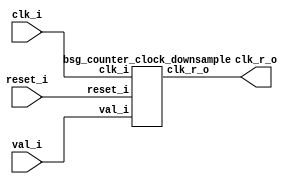


module top
(
  clk_i,
  reset_i,
  val_i,
  clk_r_o
);

  input [31:0] val_i;
  input clk_i;
  input reset_i;
  output clk_r_o;

  bsg_counter_clock_downsample
  wrapper
  (
    .val_i(val_i),
    .clk_i(clk_i),
    .reset_i(reset_i),
    .clk_r_o(clk_r_o)
  );


endmodule



module bsg_dff_width_p31_harden_p0_strength_p2
(
  clk_i,
  data_i,
  data_o
);

  input [30:0] data_i;
  output [30:0] data_o;
  input clk_i;
  reg [30:0] data_o;

  always @(posedge clk_i) begin
    if(1'b1) begin
      { data_o[30:0] } <= { data_i[30:0] };
    end 
  end


endmodule



module bsg_xnor_width_p32_harden_p1
(
  a_i,
  b_i,
  o
);

  input [31:0] a_i;
  input [31:0] b_i;
  output [31:0] o;
  wire [31:0] o;
  wire N0,N1,N2,N3,N4,N5,N6,N7,N8,N9,N10,N11,N12,N13,N14,N15,N16,N17,N18,N19,N20,N21,
  N22,N23,N24,N25,N26,N27,N28,N29,N30,N31;
  assign o[31] = ~N0;
  assign N0 = a_i[31] ^ b_i[31];
  assign o[30] = ~N1;
  assign N1 = a_i[30] ^ b_i[30];
  assign o[29] = ~N2;
  assign N2 = a_i[29] ^ b_i[29];
  assign o[28] = ~N3;
  assign N3 = a_i[28] ^ b_i[28];
  assign o[27] = ~N4;
  assign N4 = a_i[27] ^ b_i[27];
  assign o[26] = ~N5;
  assign N5 = a_i[26] ^ b_i[26];
  assign o[25] = ~N6;
  assign N6 = a_i[25] ^ b_i[25];
  assign o[24] = ~N7;
  assign N7 = a_i[24] ^ b_i[24];
  assign o[23] = ~N8;
  assign N8 = a_i[23] ^ b_i[23];
  assign o[22] = ~N9;
  assign N9 = a_i[22] ^ b_i[22];
  assign o[21] = ~N10;
  assign N10 = a_i[21] ^ b_i[21];
  assign o[20] = ~N11;
  assign N11 = a_i[20] ^ b_i[20];
  assign o[19] = ~N12;
  assign N12 = a_i[19] ^ b_i[19];
  assign o[18] = ~N13;
  assign N13 = a_i[18] ^ b_i[18];
  assign o[17] = ~N14;
  assign N14 = a_i[17] ^ b_i[17];
  assign o[16] = ~N15;
  assign N15 = a_i[16] ^ b_i[16];
  assign o[15] = ~N16;
  assign N16 = a_i[15] ^ b_i[15];
  assign o[14] = ~N17;
  assign N17 = a_i[14] ^ b_i[14];
  assign o[13] = ~N18;
  assign N18 = a_i[13] ^ b_i[13];
  assign o[12] = ~N19;
  assign N19 = a_i[12] ^ b_i[12];
  assign o[11] = ~N20;
  assign N20 = a_i[11] ^ b_i[11];
  assign o[10] = ~N21;
  assign N21 = a_i[10] ^ b_i[10];
  assign o[9] = ~N22;
  assign N22 = a_i[9] ^ b_i[9];
  assign o[8] = ~N23;
  assign N23 = a_i[8] ^ b_i[8];
  assign o[7] = ~N24;
  assign N24 = a_i[7] ^ b_i[7];
  assign o[6] = ~N25;
  assign N25 = a_i[6] ^ b_i[6];
  assign o[5] = ~N26;
  assign N26 = a_i[5] ^ b_i[5];
  assign o[4] = ~N27;
  assign N27 = a_i[4] ^ b_i[4];
  assign o[3] = ~N28;
  assign N28 = a_i[3] ^ b_i[3];
  assign o[2] = ~N29;
  assign N29 = a_i[2] ^ b_i[2];
  assign o[1] = ~N30;
  assign N30 = a_i[1] ^ b_i[1];
  assign o[0] = ~N31;
  assign N31 = a_i[0] ^ b_i[0];

endmodule



module bsg_muxi2_gatestack_width_p32_harden_p1
(
  i0,
  i1,
  i2,
  o
);

  input [31:0] i0;
  input [31:0] i1;
  input [31:0] i2;
  output [31:0] o;
  wire [31:0] o;
  wire N0,N1,N2,N3,N4,N5,N6,N7,N8,N9,N10,N11,N12,N13,N14,N15,N16,N17,N18,N19,N20,N21,
  N22,N23,N24,N25,N26,N27,N28,N29,N30,N31,N32,N33,N34,N35,N36,N37,N38,N39,N40,N41,
  N42,N43,N44,N45,N46,N47,N48,N49,N50,N51,N52,N53,N54,N55,N56,N57,N58,N59,N60,N61,
  N62,N63,N64,N65,N66,N67,N68,N69,N70,N71,N72,N73,N74,N75,N76,N77,N78,N79,N80,N81,
  N82,N83,N84,N85,N86,N87,N88,N89,N90,N91,N92,N93,N94,N95;
  assign N33 = (N0)? i1[0] : 
               (N32)? i0[0] : 1'b0;
  assign N0 = i2[0];
  assign N35 = (N1)? i1[1] : 
               (N34)? i0[1] : 1'b0;
  assign N1 = i2[1];
  assign N37 = (N2)? i1[2] : 
               (N36)? i0[2] : 1'b0;
  assign N2 = i2[2];
  assign N39 = (N3)? i1[3] : 
               (N38)? i0[3] : 1'b0;
  assign N3 = i2[3];
  assign N41 = (N4)? i1[4] : 
               (N40)? i0[4] : 1'b0;
  assign N4 = i2[4];
  assign N43 = (N5)? i1[5] : 
               (N42)? i0[5] : 1'b0;
  assign N5 = i2[5];
  assign N45 = (N6)? i1[6] : 
               (N44)? i0[6] : 1'b0;
  assign N6 = i2[6];
  assign N47 = (N7)? i1[7] : 
               (N46)? i0[7] : 1'b0;
  assign N7 = i2[7];
  assign N49 = (N8)? i1[8] : 
               (N48)? i0[8] : 1'b0;
  assign N8 = i2[8];
  assign N51 = (N9)? i1[9] : 
               (N50)? i0[9] : 1'b0;
  assign N9 = i2[9];
  assign N53 = (N10)? i1[10] : 
               (N52)? i0[10] : 1'b0;
  assign N10 = i2[10];
  assign N55 = (N11)? i1[11] : 
               (N54)? i0[11] : 1'b0;
  assign N11 = i2[11];
  assign N57 = (N12)? i1[12] : 
               (N56)? i0[12] : 1'b0;
  assign N12 = i2[12];
  assign N59 = (N13)? i1[13] : 
               (N58)? i0[13] : 1'b0;
  assign N13 = i2[13];
  assign N61 = (N14)? i1[14] : 
               (N60)? i0[14] : 1'b0;
  assign N14 = i2[14];
  assign N63 = (N15)? i1[15] : 
               (N62)? i0[15] : 1'b0;
  assign N15 = i2[15];
  assign N65 = (N16)? i1[16] : 
               (N64)? i0[16] : 1'b0;
  assign N16 = i2[16];
  assign N67 = (N17)? i1[17] : 
               (N66)? i0[17] : 1'b0;
  assign N17 = i2[17];
  assign N69 = (N18)? i1[18] : 
               (N68)? i0[18] : 1'b0;
  assign N18 = i2[18];
  assign N71 = (N19)? i1[19] : 
               (N70)? i0[19] : 1'b0;
  assign N19 = i2[19];
  assign N73 = (N20)? i1[20] : 
               (N72)? i0[20] : 1'b0;
  assign N20 = i2[20];
  assign N75 = (N21)? i1[21] : 
               (N74)? i0[21] : 1'b0;
  assign N21 = i2[21];
  assign N77 = (N22)? i1[22] : 
               (N76)? i0[22] : 1'b0;
  assign N22 = i2[22];
  assign N79 = (N23)? i1[23] : 
               (N78)? i0[23] : 1'b0;
  assign N23 = i2[23];
  assign N81 = (N24)? i1[24] : 
               (N80)? i0[24] : 1'b0;
  assign N24 = i2[24];
  assign N83 = (N25)? i1[25] : 
               (N82)? i0[25] : 1'b0;
  assign N25 = i2[25];
  assign N85 = (N26)? i1[26] : 
               (N84)? i0[26] : 1'b0;
  assign N26 = i2[26];
  assign N87 = (N27)? i1[27] : 
               (N86)? i0[27] : 1'b0;
  assign N27 = i2[27];
  assign N89 = (N28)? i1[28] : 
               (N88)? i0[28] : 1'b0;
  assign N28 = i2[28];
  assign N91 = (N29)? i1[29] : 
               (N90)? i0[29] : 1'b0;
  assign N29 = i2[29];
  assign N93 = (N30)? i1[30] : 
               (N92)? i0[30] : 1'b0;
  assign N30 = i2[30];
  assign N95 = (N31)? i1[31] : 
               (N94)? i0[31] : 1'b0;
  assign N31 = i2[31];
  assign N32 = ~i2[0];
  assign o[0] = ~N33;
  assign N34 = ~i2[1];
  assign o[1] = ~N35;
  assign N36 = ~i2[2];
  assign o[2] = ~N37;
  assign N38 = ~i2[3];
  assign o[3] = ~N39;
  assign N40 = ~i2[4];
  assign o[4] = ~N41;
  assign N42 = ~i2[5];
  assign o[5] = ~N43;
  assign N44 = ~i2[6];
  assign o[6] = ~N45;
  assign N46 = ~i2[7];
  assign o[7] = ~N47;
  assign N48 = ~i2[8];
  assign o[8] = ~N49;
  assign N50 = ~i2[9];
  assign o[9] = ~N51;
  assign N52 = ~i2[10];
  assign o[10] = ~N53;
  assign N54 = ~i2[11];
  assign o[11] = ~N55;
  assign N56 = ~i2[12];
  assign o[12] = ~N57;
  assign N58 = ~i2[13];
  assign o[13] = ~N59;
  assign N60 = ~i2[14];
  assign o[14] = ~N61;
  assign N62 = ~i2[15];
  assign o[15] = ~N63;
  assign N64 = ~i2[16];
  assign o[16] = ~N65;
  assign N66 = ~i2[17];
  assign o[17] = ~N67;
  assign N68 = ~i2[18];
  assign o[18] = ~N69;
  assign N70 = ~i2[19];
  assign o[19] = ~N71;
  assign N72 = ~i2[20];
  assign o[20] = ~N73;
  assign N74 = ~i2[21];
  assign o[21] = ~N75;
  assign N76 = ~i2[22];
  assign o[22] = ~N77;
  assign N78 = ~i2[23];
  assign o[23] = ~N79;
  assign N80 = ~i2[24];
  assign o[24] = ~N81;
  assign N82 = ~i2[25];
  assign o[25] = ~N83;
  assign N84 = ~i2[26];
  assign o[26] = ~N85;
  assign N86 = ~i2[27];
  assign o[27] = ~N87;
  assign N88 = ~i2[28];
  assign o[28] = ~N89;
  assign N90 = ~i2[29];
  assign o[29] = ~N91;
  assign N92 = ~i2[30];
  assign o[30] = ~N93;
  assign N94 = ~i2[31];
  assign o[31] = ~N95;

endmodule



module bsg_dff_width_p32_harden_p0_strength_p4
(
  clk_i,
  data_i,
  data_o
);

  input [31:0] data_i;
  output [31:0] data_o;
  input clk_i;
  reg [31:0] data_o;

  always @(posedge clk_i) begin
    if(1'b1) begin
      { data_o[31:0] } <= { data_i[31:0] };
    end 
  end


endmodule



module bsg_nand_width_p32_harden_p1
(
  a_i,
  b_i,
  o
);

  input [31:0] a_i;
  input [31:0] b_i;
  output [31:0] o;
  wire [31:0] o;
  wire N0,N1,N2,N3,N4,N5,N6,N7,N8,N9,N10,N11,N12,N13,N14,N15,N16,N17,N18,N19,N20,N21,
  N22,N23,N24,N25,N26,N27,N28,N29,N30,N31;
  assign o[31] = ~N0;
  assign N0 = a_i[31] & b_i[31];
  assign o[30] = ~N1;
  assign N1 = a_i[30] & b_i[30];
  assign o[29] = ~N2;
  assign N2 = a_i[29] & b_i[29];
  assign o[28] = ~N3;
  assign N3 = a_i[28] & b_i[28];
  assign o[27] = ~N4;
  assign N4 = a_i[27] & b_i[27];
  assign o[26] = ~N5;
  assign N5 = a_i[26] & b_i[26];
  assign o[25] = ~N6;
  assign N6 = a_i[25] & b_i[25];
  assign o[24] = ~N7;
  assign N7 = a_i[24] & b_i[24];
  assign o[23] = ~N8;
  assign N8 = a_i[23] & b_i[23];
  assign o[22] = ~N9;
  assign N9 = a_i[22] & b_i[22];
  assign o[21] = ~N10;
  assign N10 = a_i[21] & b_i[21];
  assign o[20] = ~N11;
  assign N11 = a_i[20] & b_i[20];
  assign o[19] = ~N12;
  assign N12 = a_i[19] & b_i[19];
  assign o[18] = ~N13;
  assign N13 = a_i[18] & b_i[18];
  assign o[17] = ~N14;
  assign N14 = a_i[17] & b_i[17];
  assign o[16] = ~N15;
  assign N15 = a_i[16] & b_i[16];
  assign o[15] = ~N16;
  assign N16 = a_i[15] & b_i[15];
  assign o[14] = ~N17;
  assign N17 = a_i[14] & b_i[14];
  assign o[13] = ~N18;
  assign N18 = a_i[13] & b_i[13];
  assign o[12] = ~N19;
  assign N19 = a_i[12] & b_i[12];
  assign o[11] = ~N20;
  assign N20 = a_i[11] & b_i[11];
  assign o[10] = ~N21;
  assign N21 = a_i[10] & b_i[10];
  assign o[9] = ~N22;
  assign N22 = a_i[9] & b_i[9];
  assign o[8] = ~N23;
  assign N23 = a_i[8] & b_i[8];
  assign o[7] = ~N24;
  assign N24 = a_i[7] & b_i[7];
  assign o[6] = ~N25;
  assign N25 = a_i[6] & b_i[6];
  assign o[5] = ~N26;
  assign N26 = a_i[5] & b_i[5];
  assign o[4] = ~N27;
  assign N27 = a_i[4] & b_i[4];
  assign o[3] = ~N28;
  assign N28 = a_i[3] & b_i[3];
  assign o[2] = ~N29;
  assign N29 = a_i[2] & b_i[2];
  assign o[1] = ~N30;
  assign N30 = a_i[1] & b_i[1];
  assign o[0] = ~N31;
  assign N31 = a_i[0] & b_i[0];

endmodule



module bsg_nor3_width_p31_harden_p1
(
  a_i,
  b_i,
  c_i,
  o
);

  input [30:0] a_i;
  input [30:0] b_i;
  input [30:0] c_i;
  output [30:0] o;
  wire [30:0] o;
  wire N0,N1,N2,N3,N4,N5,N6,N7,N8,N9,N10,N11,N12,N13,N14,N15,N16,N17,N18,N19,N20,N21,
  N22,N23,N24,N25,N26,N27,N28,N29,N30,N31,N32,N33,N34,N35,N36,N37,N38,N39,N40,N41,
  N42,N43,N44,N45,N46,N47,N48,N49,N50,N51,N52,N53,N54,N55,N56,N57,N58,N59,N60,N61;
  assign o[30] = ~N1;
  assign N1 = N0 | c_i[30];
  assign N0 = a_i[30] | b_i[30];
  assign o[29] = ~N3;
  assign N3 = N2 | c_i[29];
  assign N2 = a_i[29] | b_i[29];
  assign o[28] = ~N5;
  assign N5 = N4 | c_i[28];
  assign N4 = a_i[28] | b_i[28];
  assign o[27] = ~N7;
  assign N7 = N6 | c_i[27];
  assign N6 = a_i[27] | b_i[27];
  assign o[26] = ~N9;
  assign N9 = N8 | c_i[26];
  assign N8 = a_i[26] | b_i[26];
  assign o[25] = ~N11;
  assign N11 = N10 | c_i[25];
  assign N10 = a_i[25] | b_i[25];
  assign o[24] = ~N13;
  assign N13 = N12 | c_i[24];
  assign N12 = a_i[24] | b_i[24];
  assign o[23] = ~N15;
  assign N15 = N14 | c_i[23];
  assign N14 = a_i[23] | b_i[23];
  assign o[22] = ~N17;
  assign N17 = N16 | c_i[22];
  assign N16 = a_i[22] | b_i[22];
  assign o[21] = ~N19;
  assign N19 = N18 | c_i[21];
  assign N18 = a_i[21] | b_i[21];
  assign o[20] = ~N21;
  assign N21 = N20 | c_i[20];
  assign N20 = a_i[20] | b_i[20];
  assign o[19] = ~N23;
  assign N23 = N22 | c_i[19];
  assign N22 = a_i[19] | b_i[19];
  assign o[18] = ~N25;
  assign N25 = N24 | c_i[18];
  assign N24 = a_i[18] | b_i[18];
  assign o[17] = ~N27;
  assign N27 = N26 | c_i[17];
  assign N26 = a_i[17] | b_i[17];
  assign o[16] = ~N29;
  assign N29 = N28 | c_i[16];
  assign N28 = a_i[16] | b_i[16];
  assign o[15] = ~N31;
  assign N31 = N30 | c_i[15];
  assign N30 = a_i[15] | b_i[15];
  assign o[14] = ~N33;
  assign N33 = N32 | c_i[14];
  assign N32 = a_i[14] | b_i[14];
  assign o[13] = ~N35;
  assign N35 = N34 | c_i[13];
  assign N34 = a_i[13] | b_i[13];
  assign o[12] = ~N37;
  assign N37 = N36 | c_i[12];
  assign N36 = a_i[12] | b_i[12];
  assign o[11] = ~N39;
  assign N39 = N38 | c_i[11];
  assign N38 = a_i[11] | b_i[11];
  assign o[10] = ~N41;
  assign N41 = N40 | c_i[10];
  assign N40 = a_i[10] | b_i[10];
  assign o[9] = ~N43;
  assign N43 = N42 | c_i[9];
  assign N42 = a_i[9] | b_i[9];
  assign o[8] = ~N45;
  assign N45 = N44 | c_i[8];
  assign N44 = a_i[8] | b_i[8];
  assign o[7] = ~N47;
  assign N47 = N46 | c_i[7];
  assign N46 = a_i[7] | b_i[7];
  assign o[6] = ~N49;
  assign N49 = N48 | c_i[6];
  assign N48 = a_i[6] | b_i[6];
  assign o[5] = ~N51;
  assign N51 = N50 | c_i[5];
  assign N50 = a_i[5] | b_i[5];
  assign o[4] = ~N53;
  assign N53 = N52 | c_i[4];
  assign N52 = a_i[4] | b_i[4];
  assign o[3] = ~N55;
  assign N55 = N54 | c_i[3];
  assign N54 = a_i[3] | b_i[3];
  assign o[2] = ~N57;
  assign N57 = N56 | c_i[2];
  assign N56 = a_i[2] | b_i[2];
  assign o[1] = ~N59;
  assign N59 = N58 | c_i[1];
  assign N58 = a_i[1] | b_i[1];
  assign o[0] = ~N61;
  assign N61 = N60 | c_i[0];
  assign N60 = a_i[0] | b_i[0];

endmodule



module bsg_reduce_width_p32_and_p1_harden_p1
(
  i,
  o
);

  input [31:0] i;
  output o;
  wire o,N0,N1,N2,N3,N4,N5,N6,N7,N8,N9,N10,N11,N12,N13,N14,N15,N16,N17,N18,N19,N20,N21,
  N22,N23,N24,N25,N26,N27,N28,N29;
  assign o = N29 & i[0];
  assign N29 = N28 & i[1];
  assign N28 = N27 & i[2];
  assign N27 = N26 & i[3];
  assign N26 = N25 & i[4];
  assign N25 = N24 & i[5];
  assign N24 = N23 & i[6];
  assign N23 = N22 & i[7];
  assign N22 = N21 & i[8];
  assign N21 = N20 & i[9];
  assign N20 = N19 & i[10];
  assign N19 = N18 & i[11];
  assign N18 = N17 & i[12];
  assign N17 = N16 & i[13];
  assign N16 = N15 & i[14];
  assign N15 = N14 & i[15];
  assign N14 = N13 & i[16];
  assign N13 = N12 & i[17];
  assign N12 = N11 & i[18];
  assign N11 = N10 & i[19];
  assign N10 = N9 & i[20];
  assign N9 = N8 & i[21];
  assign N8 = N7 & i[22];
  assign N7 = N6 & i[23];
  assign N6 = N5 & i[24];
  assign N5 = N4 & i[25];
  assign N4 = N3 & i[26];
  assign N3 = N2 & i[27];
  assign N2 = N1 & i[28];
  assign N1 = N0 & i[29];
  assign N0 = i[31] & i[30];

endmodule



module bsg_buf_width_p1
(
  i,
  o
);

  input [0:0] i;
  output [0:0] o;
  wire [0:0] o;
  assign o[0] = i[0];

endmodule



module bsg_strobe_width_p32_harden_p0
(
  clk_i,
  reset_r_i,
  init_val_r_i,
  strobe_r_o
);

  input [31:0] init_val_r_i;
  input clk_i;
  input reset_r_i;
  output strobe_r_o;
  wire strobe_n,new_val,strobe_n_buf;
  wire [30:0] C_n,C_r;
  wire [31:0] S_r,S_n,S_n_n,C_n_prereset;
  reg strobe_r_o;

  bsg_dff_width_p31_harden_p0_strength_p2
  C_reg
  (
    .clk_i(clk_i),
    .data_i(C_n),
    .data_o(C_r)
  );


  bsg_xnor_width_p32_harden_p1
  xnor_S_n
  (
    .a_i(S_r),
    .b_i({ C_r, 1'b1 }),
    .o(S_n)
  );


  bsg_muxi2_gatestack_width_p32_harden_p1
  muxi2_S_n
  (
    .i0(S_n),
    .i1(init_val_r_i),
    .i2({ new_val, new_val, new_val, new_val, new_val, new_val, new_val, new_val, new_val, new_val, new_val, new_val, new_val, new_val, new_val, new_val, new_val, new_val, new_val, new_val, new_val, new_val, new_val, new_val, new_val, new_val, new_val, new_val, new_val, new_val, new_val, new_val }),
    .o(S_n_n)
  );


  bsg_dff_width_p32_harden_p0_strength_p4
  S_reg
  (
    .clk_i(clk_i),
    .data_i(S_n_n),
    .data_o(S_r)
  );


  bsg_nand_width_p32_harden_p1
  nand_C_n
  (
    .a_i(S_r),
    .b_i({ C_r, 1'b1 }),
    .o(C_n_prereset)
  );


  bsg_nor3_width_p31_harden_p1
  nor3_C_n
  (
    .a_i({ strobe_n_buf, strobe_n_buf, strobe_n_buf, strobe_n_buf, strobe_n_buf, strobe_n_buf, strobe_n_buf, strobe_n_buf, strobe_n_buf, strobe_n_buf, strobe_n_buf, strobe_n_buf, strobe_n_buf, strobe_n_buf, strobe_n_buf, strobe_n_buf, strobe_n_buf, strobe_n_buf, strobe_n_buf, strobe_n_buf, strobe_n_buf, strobe_n_buf, strobe_n_buf, strobe_n_buf, strobe_n_buf, strobe_n_buf, strobe_n_buf, strobe_n_buf, strobe_n_buf, strobe_n_buf, strobe_n_buf }),
    .b_i(C_n_prereset[30:0]),
    .c_i({ reset_r_i, reset_r_i, reset_r_i, reset_r_i, reset_r_i, reset_r_i, reset_r_i, reset_r_i, reset_r_i, reset_r_i, reset_r_i, reset_r_i, reset_r_i, reset_r_i, reset_r_i, reset_r_i, reset_r_i, reset_r_i, reset_r_i, reset_r_i, reset_r_i, reset_r_i, reset_r_i, reset_r_i, reset_r_i, reset_r_i, reset_r_i, reset_r_i, reset_r_i, reset_r_i, reset_r_i }),
    .o(C_n)
  );


  bsg_reduce_width_p32_and_p1_harden_p1
  andr
  (
    .i(S_r),
    .o(strobe_n)
  );


  bsg_buf_width_p1
  strobe_buf_gate
  (
    .i(strobe_n),
    .o(strobe_n_buf)
  );

  assign new_val = reset_r_i | strobe_n;

  always @(posedge clk_i) begin
    if(1'b1) begin
      strobe_r_o <= strobe_n_buf;
    end 
  end


endmodule



module bsg_counter_clock_downsample
(
  clk_i,
  reset_i,
  val_i,
  clk_r_o
);

  input [31:0] val_i;
  input clk_i;
  input reset_i;
  output clk_r_o;
  wire N0,strobe_r,N1,N2,N3,N4,N5,N6,N7,N8;
  reg clk_r_o;

  bsg_strobe_width_p32_harden_p0
  strobe
  (
    .clk_i(clk_i),
    .reset_r_i(reset_i),
    .init_val_r_i(val_i),
    .strobe_r_o(strobe_r)
  );

  assign N5 = (N0)? 1'b1 : 
              (N8)? 1'b1 : 
              (N3)? 1'b0 : 1'b0;
  assign N0 = N1;
  assign N6 = (N0)? 1'b0 : 
              (N8)? N4 : 1'b0;
  assign N1 = reset_i;
  assign N2 = strobe_r | N1;
  assign N3 = ~N2;
  assign N4 = ~clk_r_o;
  assign N7 = ~N1;
  assign N8 = strobe_r & N7;

  always @(posedge clk_i) begin
    if(N5) begin
      clk_r_o <= N6;
    end 
  end


endmodule